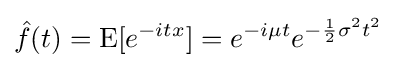
{\hat {f}}(t)=\operatorname {E} [e^{-itx}]=e^{-i\mu t}e^{-{\frac {1}{2}}\sigma ^{2}t^{2}}